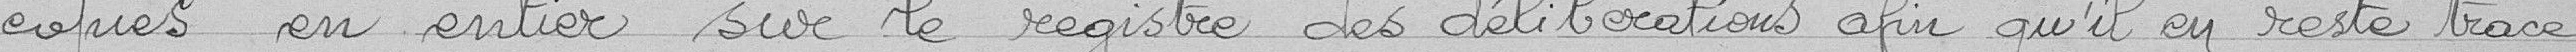
copiés en entier sur le registre des délibérations afin qu'il en reste trace.